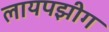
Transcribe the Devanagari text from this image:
लायपझीग